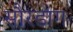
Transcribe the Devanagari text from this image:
सौरडाग